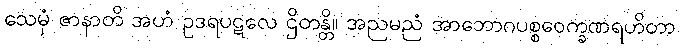
သေမှံ ဇာနာတိ အဟံ ဥဒရပဋလေ ဌိတန္တိ။ အညမညံ အာဘောဂပစ္စဝေက္ခဏရဟိတာ